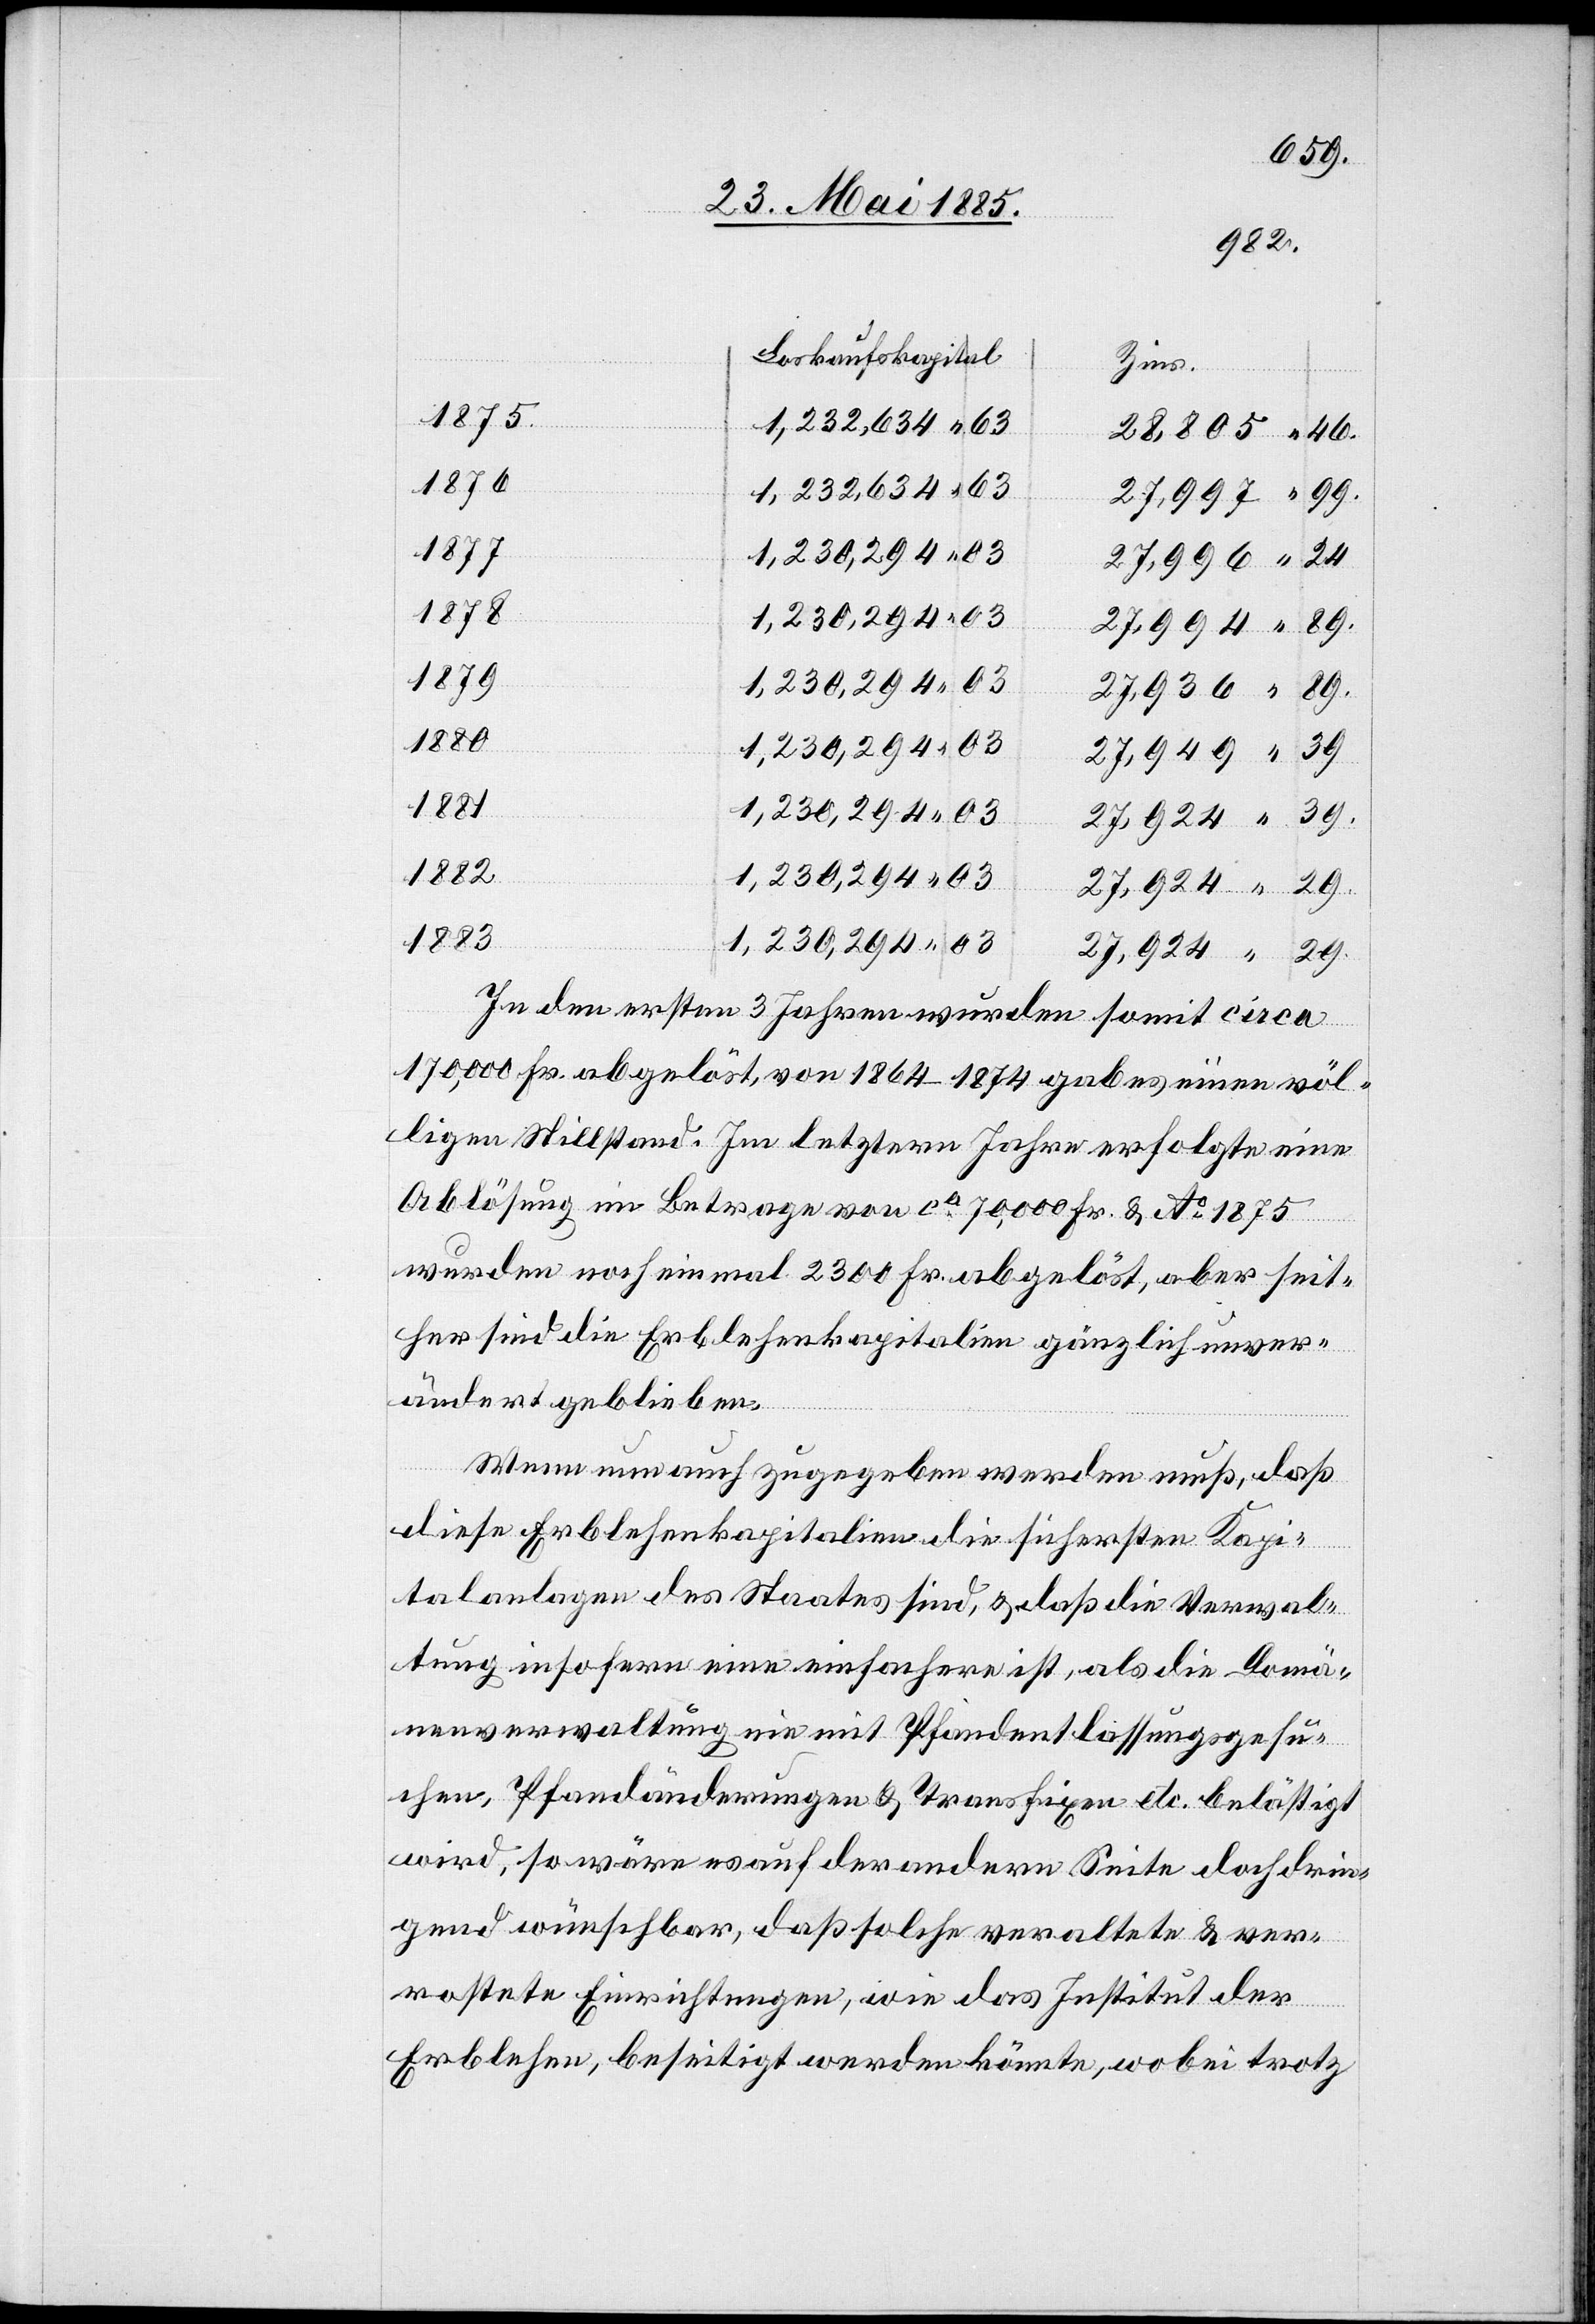
28,805
46
1876
27,996
1877
24
1875
27,994
1879
03
27,936
1881
1,230,294
39
27,949
1882
29
1883
27,924
29
In den ersten 3 Jahren wurden somit circa
170,000 Fr. abgelöst, von 1864–1874 gab es einen völ¬
ligen Stillstand. Im letztern Jahr erfolgte eine
wurden noch einmal 2300 Fr. abgelöst, aber seit¬
her sind die Erblehenkapitalien gänzlich unver¬
ändert geblieben.
Wenn nun auch zugegeben werden muß, daß
diese Erblehenkapitalien die sichersten Kapi¬
Fr.
talanlagen des Staates sind, & daß die Verwal¬
tung insofern eine einfachere ist, als die Domä¬
nenverwaltung ein mit Pfandentlassungsgesu¬
chen, Pfandänderungen &Transfixen etc. belästigt
wird, so wäre es auf der andern Seite doch drin¬
gend wünschbar, daß solche veraltete & ver¬
rostete Einrichtungen, wie das Institut der
Erblehen, beseitigt werden könnte, wobei trotz